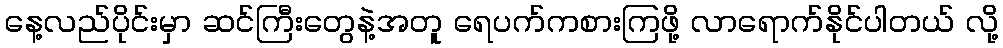
နေ့လည်ပိုင်းမှာ ဆင်ကြီးတွေနဲ့အတူ ရေပက်ကစားကြဖို့ လာရောက်နိုင်ပါတယ် လို့